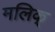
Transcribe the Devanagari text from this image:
मलिक्